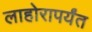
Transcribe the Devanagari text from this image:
लाहोरापर्यंत